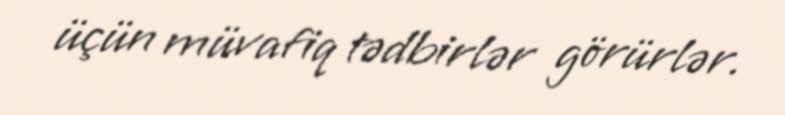
üçün müvafiq tədbirlər görürlər.